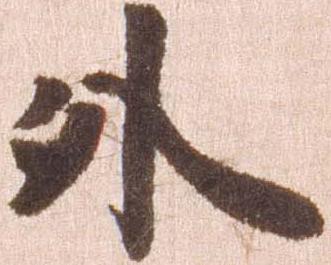
外